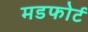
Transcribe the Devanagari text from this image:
मडफोर्ट